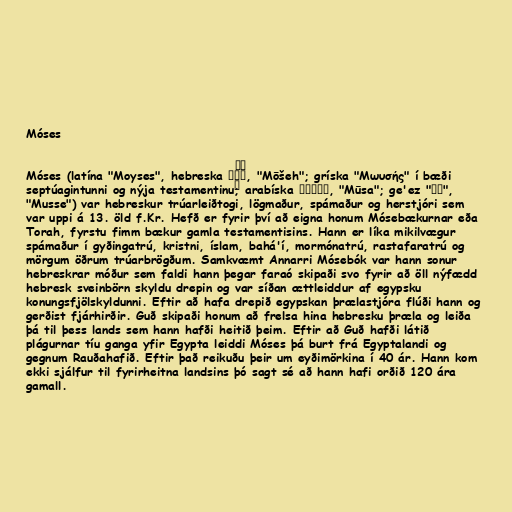
Móses

Móses (latína "Moyses", hebreska מֹשֶׁה, "Mōšeh"; gríska "Mωυσής" í bæði
septúagintunni og nýja testamentinu; arabíska موسىٰ, "Mūsa"; ge'ez "ሙሴ",
"Musse") var hebreskur trúarleiðtogi, lögmaður, spámaður og herstjóri sem
var uppi á 13. öld f.Kr. Hefð er fyrir því að eigna honum Mósebækurnar eða
Torah, fyrstu fimm bækur gamla testamentisins. Hann er líka mikilvægur
spámaður í gyðingatrú, kristni, íslam, bahá'í, mormónatrú, rastafaratrú og
mörgum öðrum trúarbrögðum. Samkvæmt Annarri Mósebók var hann sonur
hebreskrar móður sem faldi hann þegar faraó skipaði svo fyrir að öll nýfædd
hebresk sveinbörn skyldu drepin og var síðan ættleiddur af egypsku
konungsfjölskyldunni. Eftir að hafa drepið egypskan þrælastjóra flúði hann og
gerðist fjárhirðir. Guð skipaði honum að frelsa hina hebresku þræla og leiða
þá til þess lands sem hann hafði heitið þeim. Eftir að Guð hafði látið
plágurnar tíu ganga yfir Egypta leiddi Móses þá burt frá Egyptalandi og
gegnum Rauðahafið. Eftir það reikuðu þeir um eyðimörkina í 40 ár. Hann kom
ekki sjálfur til fyrirheitna landsins þó sagt sé að hann hafi orðið 120 ára
gamall.